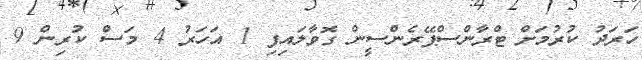
ހަރަދު ކުރުމަށް ޓްރާންސްޕޭރެންސީން ގޮވާލައިފި 1 އަހަރު 4 މަސް ކުރިން 9